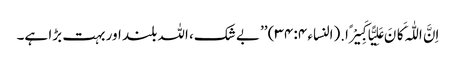
اِنَّ اللّٰہَ کَانَ عَلِیًّا کَبِیْرًا.(النساء ۴: ۳۴) ’’بے شک، اللہ بلند اور بہت بڑا ہے۔